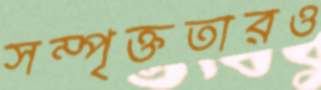
সম্পৃক্ততারও